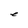
Character: e